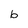
Character: b